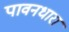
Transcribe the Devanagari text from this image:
पावनधारा